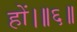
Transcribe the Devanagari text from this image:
हों।॥६॥